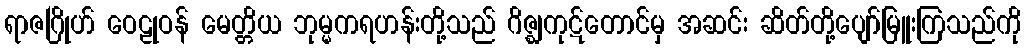
ရာဇဂြိုဟ် ဝေဠုဝန် မေတ္တိယ ဘုမ္မကရဟန်းတို့သည် ဂိဇ္ဈကုဋ်တောင်မှ အဆင်း ဆိတ်တို့ပျော်မြူးကြသည်ကို